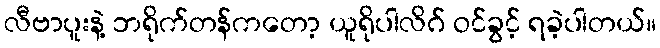
လီဗာပူးနဲ့ ဘရိုက်တန်ကတော့ ယူရိုပါလိဂ် ဝင်ခွင့် ရခဲ့ပါတယ်။